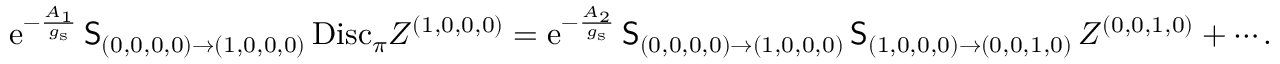
\begin{array} { r } { { \mathrm { e } } ^ { - \frac { A _ { 1 } } { g _ { \mathrm { s } } } } \, \mathsf { S } _ { ( 0 , 0 , 0 , 0 ) \to ( 1 , 0 , 0 , 0 ) } \, \mathrm { D i s c } _ { \pi } Z ^ { ( 1 , 0 , 0 , 0 ) } = { \mathrm { e } } ^ { - \frac { A _ { 2 } } { g _ { \mathrm { s } } } } \, \mathsf { S } _ { ( 0 , 0 , 0 , 0 ) \to ( 1 , 0 , 0 , 0 ) } \, \mathsf { S } _ { ( 1 , 0 , 0 , 0 ) \to ( 0 , 0 , 1 , 0 ) } \, Z ^ { ( 0 , 0 , 1 , 0 ) } + \cdots . } \end{array}